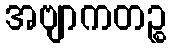
အဗျာကတဉ္စ